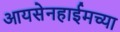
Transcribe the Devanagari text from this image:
आयसेनहाईमच्या